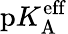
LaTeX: \mathrm{p}K_{\mathrm{A}}^{\mathrm{eff}}